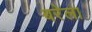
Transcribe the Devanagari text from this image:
बरेला